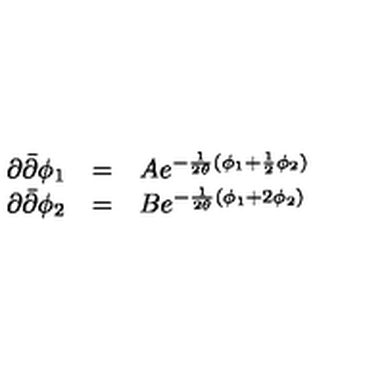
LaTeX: \begin{array} { l c l } { \partial { \bar { \partial } } \phi _ { 1 } } & { = } & { A e ^ { - \frac { 1 } { 2 \theta } ( \phi _ { 1 } + \frac { 1 } { 2 } \phi _ { 2 } ) } } \\ { \partial { \bar { \partial } } \phi _ { 2 } } & { = } & { B e ^ { - \frac { 1 } { 2 \theta } ( \phi _ { 1 } + 2 \phi _ { 2 } ) } } \\ \end{array}